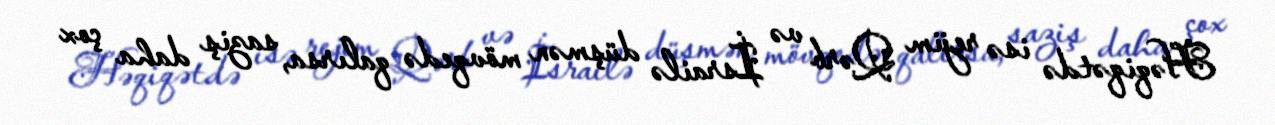
Həqiqətdə isə rejim Qərb və İsrailə düşmən mövqedə qalırsa, saziş daha çox